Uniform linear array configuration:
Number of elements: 16
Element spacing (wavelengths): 0.25
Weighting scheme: cosine
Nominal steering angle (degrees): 60
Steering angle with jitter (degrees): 59.412
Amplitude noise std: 0.05
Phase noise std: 0.05

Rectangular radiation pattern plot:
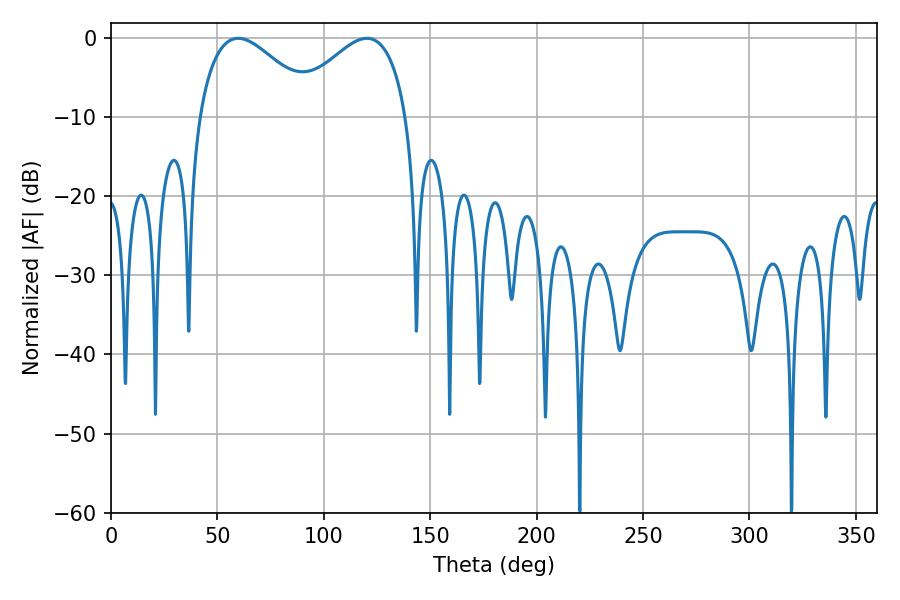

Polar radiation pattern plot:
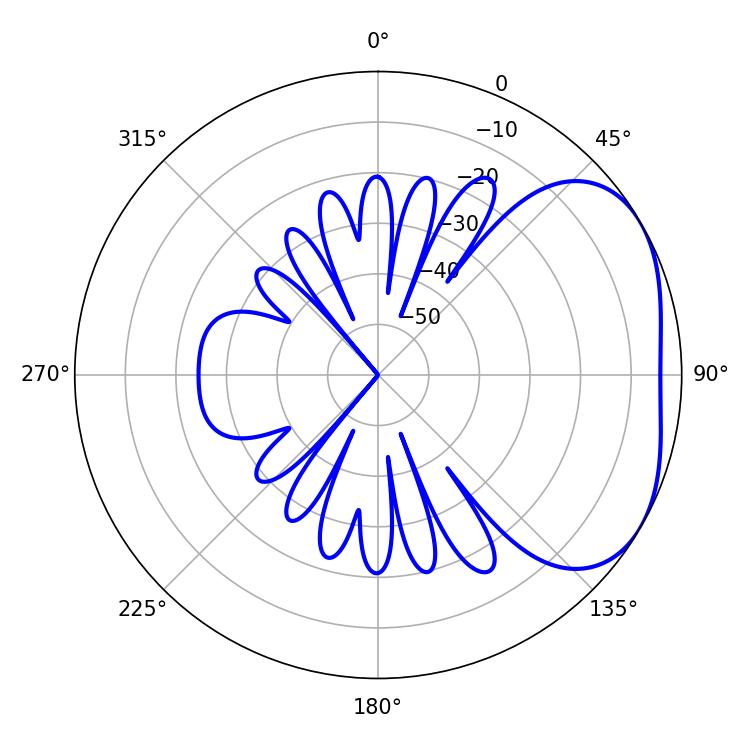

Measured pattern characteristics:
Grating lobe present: FALSE
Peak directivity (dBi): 3.219
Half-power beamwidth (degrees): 30.06
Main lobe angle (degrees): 59.76